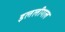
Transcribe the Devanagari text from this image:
इललीगल